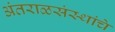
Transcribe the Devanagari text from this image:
अंतराळसंस्थांचे